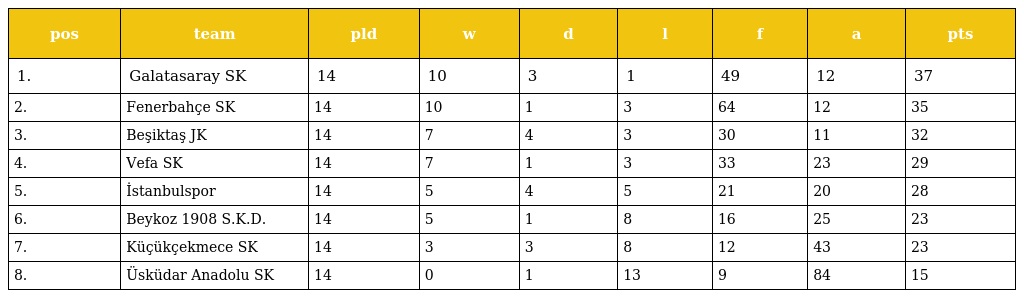
| pos | team | pld | w | d | l | f | a | pts |
 | --- | --- | --- | --- | --- | --- | --- | --- | --- |
 | 1. | Galatasaray SK | 14 | 10 | 3 | 1 | 49 | 12 | 37 |
 | 2. | Fenerbahçe SK | 14 | 10 | 1 | 3 | 64 | 12 | 35 |
 | 3. | Beşiktaş JK | 14 | 7 | 4 | 3 | 30 | 11 | 32 |
 | 4. | Vefa SK | 14 | 7 | 1 | 3 | 33 | 23 | 29 |
 | 5. | İstanbulspor | 14 | 5 | 4 | 5 | 21 | 20 | 28 |
 | 6. | Beykoz 1908 S.K.D. | 14 | 5 | 1 | 8 | 16 | 25 | 23 |
 | 7. | Küçükçekmece SK | 14 | 3 | 3 | 8 | 12 | 43 | 23 |
 | 8. | Üsküdar Anadolu SK | 14 | 0 | 1 | 13 | 9 | 84 | 15 |